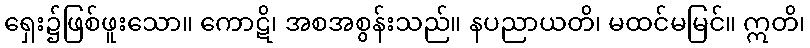
ရှေး၌ဖြစ်ဖူးသော။ ကောဋိ၊ အစအစွန်းသည်။ နပညာယတိ၊ မထင်မမြင်။ ဣတိ၊